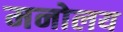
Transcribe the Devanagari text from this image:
मनोलय